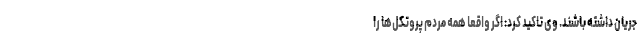
جریان داشته باشند. وی تاکید کرد: اگر واقعاً همه مردم پروتکل‌ها را